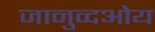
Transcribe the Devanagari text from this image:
जानुव्दओय